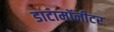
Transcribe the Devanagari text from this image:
डाटामॉनीटर